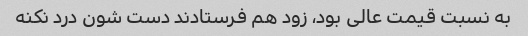
به نسبت قیمت عالی بود، زود هم فرستادند دست شون درد نکنه